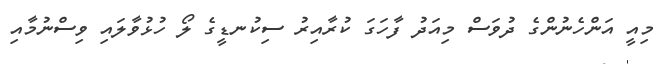
މިއީ އަންހެނުންގެ ދުވަސް މިއަދު ފާހަގަ ކުރާއިރު ސިކުނޑީގެ ލޯ ހުޅުވާލައި ވިސްނުމާއި